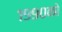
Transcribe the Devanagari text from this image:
१९९०को